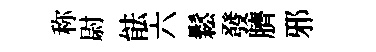
称尉䏻六鬆發臍邪